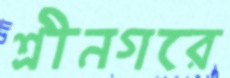
শ্রীনগরে